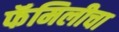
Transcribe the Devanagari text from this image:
फॅमिलीचा